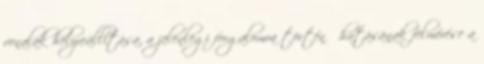
vonalak helyreállítása, a jelenlegi forgalomra történő hatásának felmérése a